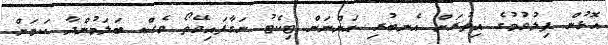
އޮޅުން ފިލުވުމުގެ އިތުރަށް އެނބުރި އަންނަން ޓިކެޓު ނަގާފައިވޭތޯ ވެސް ބަލަމުންދާ ކަމަށް